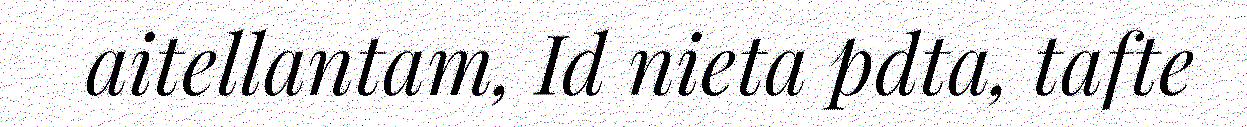
aitellantam, Id nieta pdta, tafte